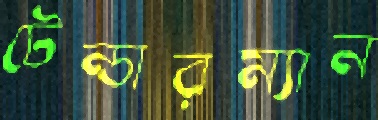
টেন্ডারম্যান